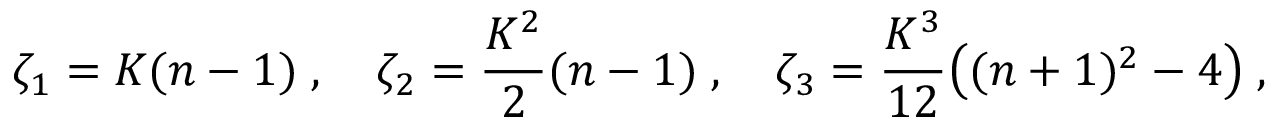
\zeta _ { 1 } = K ( n - 1 ) \; , \quad \zeta _ { 2 } = \frac { K ^ { 2 } } { 2 } ( n - 1 ) \; , \quad \zeta _ { 3 } = \frac { K ^ { 3 } } { 1 2 } \big ( ( n + 1 ) ^ { 2 } - 4 \big ) \; ,